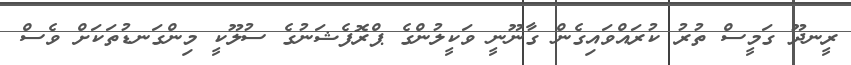
ރީނދޫ ގަމީސް ތުރު ކުރައްވައިގެން ގާނޫނީ ވަކީލުންގެ ޕްރޮފެޝަނުގެ ސުލޫކީ މިންގަނޑުތަކަށް ވެސް